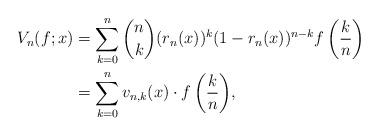
LaTeX: \begin{align*}V_n(f;x)&=\sum^{n}_{k=0}{\binom{n}{k}(r_n(x))^k(1-r_n(x))^{n-k}f\left(\frac{k}{n}\right)}\\&=\sum^{n}_{k=0}{v_{n,k}(x)\cdot f\left(\frac{k}{n}\right)},\end{align*}